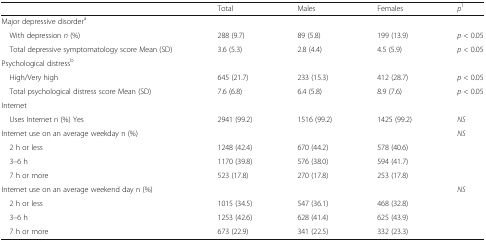
<table><thead><tr><td></td><td><b>Total</b></td><td><b>Males</b></td><td><b>Females</b></td><td><b><i>p</i><sup>1</sup></b></td></tr></thead><tbody><tr><td colspan="5">Major depressive disorder<sup>a</sup></td></tr><tr><td> With depression <i>n</i> (%)</td><td>288 (9.7)</td><td>89 (5.8)</td><td>199 (13.9)</td><td><i>p</i> &lt; 0.05</td></tr><tr><td> Total depressive symptomatology score Mean (SD)</td><td>3.6 (5.3)</td><td>2.8 (4.4)</td><td>4.5 (5.9)</td><td><i>p</i> &lt; 0.05</td></tr><tr><td colspan="5">Psychological distress<sup>b</sup></td></tr><tr><td> High/Very high</td><td>645 (21.7)</td><td>233 (15.3)</td><td>412 (28.7)</td><td><i>p</i> &lt; 0.05</td></tr><tr><td> Total psychological distress score Mean (SD)</td><td>7.6 (6.8)</td><td>6.4 (5.8)</td><td>8.9 (7.6)</td><td><i>p</i> &lt; 0.05</td></tr><tr><td colspan="5">Internet</td></tr><tr><td> Uses Internet n (%) Yes</td><td>2941 (99.2)</td><td>1516 (99.2)</td><td>1425 (99.2)</td><td><i>NS</i></td></tr><tr><td colspan="4">Internet use on an average weekday n (%)</td><td><i>NS</i></td></tr><tr><td> 2 h or less</td><td>1248 (42.4)</td><td>670 (44.2)</td><td>578 (40.6)</td><td></td></tr><tr><td> 3–6 h</td><td>1170 (39.8)</td><td>576 (38.0)</td><td>594 (41.7)</td><td></td></tr><tr><td> 7 h or more</td><td>523 (17.8)</td><td>270 (17.8)</td><td>253 (17.8)</td><td></td></tr><tr><td colspan="4">Internet use on an average weekend day n (%)</td><td><i>NS</i></td></tr><tr><td> 2 h or less</td><td>1015 (34.5)</td><td>547 (36.1)</td><td>468 (32.8)</td><td></td></tr><tr><td> 3–6 h</td><td>1253 (42.6)</td><td>628 (41.4)</td><td>625 (43.9)</td><td></td></tr><tr><td> 7 h or more</td><td>673 (22.9)</td><td>341 (22.5)</td><td>332 (23.3)</td><td></td></tr></tbody></table>